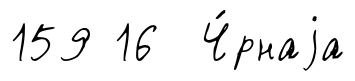
159 16 Ч́рнаjа